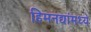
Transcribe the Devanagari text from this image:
हिमनद्यांमध्ये